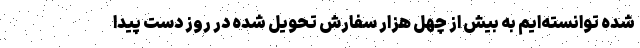
شده توانسته­ایم به بیش از چهل هزار سفارش تحویل شده در روز دست پیدا